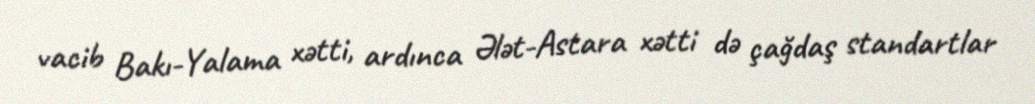
vacib Bakı-Yalama xətti, ardınca Ələt-Astara xətti də çağdaş standartlar